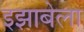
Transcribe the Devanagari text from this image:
इझाबेला